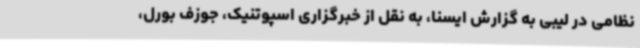
نظامی در لیبی به گزارش ایسنا، به نقل از خبرگزاری اسپوتنیک، جوزف بورل،